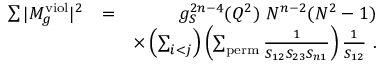
\begin{array} { r l r } { \sum \vert M _ { g } ^ { \mathrm { v i o l } } \vert ^ { 2 } } & { = } & { g _ { S } ^ { 2 n - 4 } ( Q ^ { 2 } ) ~ N ^ { n - 2 } ( N ^ { 2 } - 1 ) } \\ & { } & { \times \left( \sum _ { i < j } \right) \left( \sum _ { \mathrm { p e r m } } \frac { 1 } { S _ { 1 2 } S _ { 2 3 } S _ { n 1 } } \right) \frac { 1 } { S _ { 1 2 } } ~ . } \end{array}